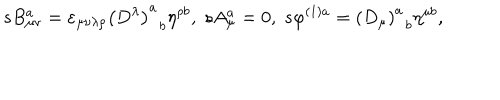
s B _ { \mu \nu } ^ { a } = \varepsilon _ { \mu \nu \lambda \rho } \left( D ^ { \lambda } \right) _ { \; \; b } ^ { a } \eta ^ { \rho b } , \; s A _ { \mu } ^ { a } = 0 , \; s \varphi ^ { ( 1 ) a } = \left( D _ { \mu } \right) _ { \; \; b } ^ { a } \eta ^ { \mu b } ,